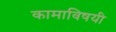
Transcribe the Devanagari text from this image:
कामाविषयी